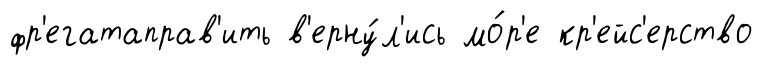
фр'егатаправ'ить в'ерну́л'ись мо́р'е кр'ейс'ерство